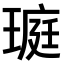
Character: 𤧻